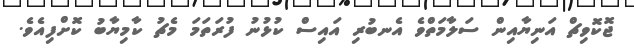
ޖޮކޮވިޗް އަނިޔާއިން ސަލާމަތްވެ އެނބުރި އައިސް ކުޅުނު ފުރަތަމަ މެޗު ކާމިޔާބު ކޮށްފިއެވެ.